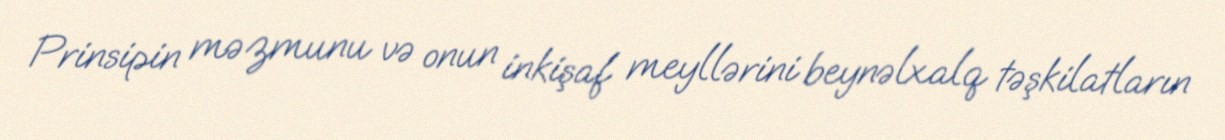
Prinsipin məzmunu və onun inkişaf meyllərini beynəlxalq təşkilatların